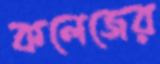
কলেজের